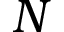
N